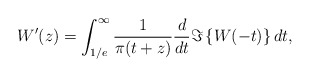
\begin{align*}W^{\prime}(z)= \int_{1/e}^{\infty} \frac{1}{\pi(t+z)}\frac{d}{dt}\Im \left\{W(-t)\right\} dt, \end{align*}